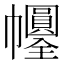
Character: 𢆀